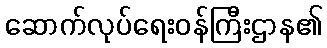
ဆောက်လုပ်ရေးဝန်ကြီးဌာန၏